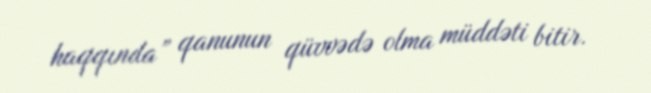
haqqında” qanunun qüvvədə olma müddəti bitir.